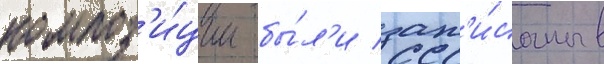
композ'и́ции бы́л'и зап'и́саны в